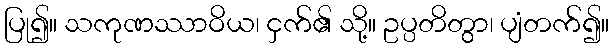
ပြု၍။ သကုဏဿာဝိယ၊ ငှက်၏ သို့။ ဥပ္ပတိတွာ၊ ပျံတက်၍။